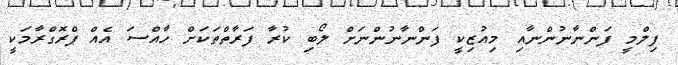
ފިލްމީ ފަންނާނުންނާއި މިއުޒިކީ ފަންނާނުންނަށް ލޯބި ކުރާ ފަރާތްތަކަށް ހާއްސަ އެއް ޕްރޮގްރާމަކީ